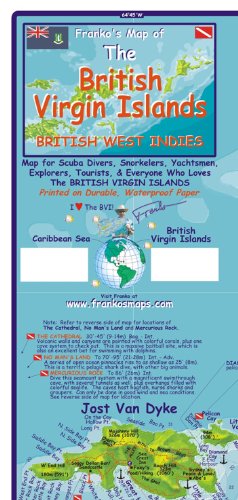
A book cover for British Virgin Islands 1:110 000 / 75 000 Guide & Dive Map, waterproof, 2012 edition; Franko Maps; Travel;